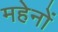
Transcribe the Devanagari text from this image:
महेनों